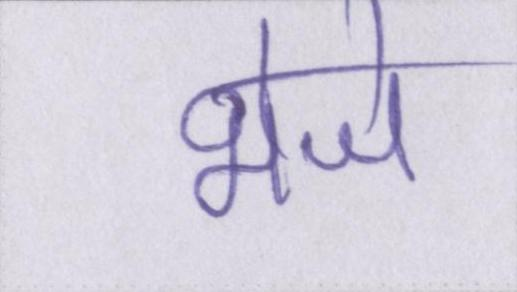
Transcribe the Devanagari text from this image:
भेजे